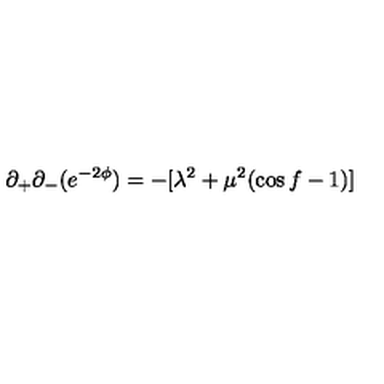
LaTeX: \partial _ { + } \partial _ { - } ( e ^ { - 2 \phi } ) = - [ \lambda ^ { 2 } + \mu ^ { 2 } ( \cos f - 1 ) ]